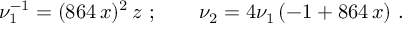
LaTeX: \nu _ { 1 } ^ { - 1 } = ( 8 6 4 \, x ) ^ { 2 } \, z \ ; \qquad \nu _ { 2 } = 4 \nu _ { 1 } \, ( - 1 + 8 6 4 \, x ) \ .